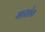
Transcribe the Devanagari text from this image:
मारतोय